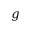
g